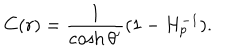
C ( r ) = { \frac { 1 } { \cosh \theta ^ { \prime } } } ( 1 - H _ { p } ^ { - 1 } ) .